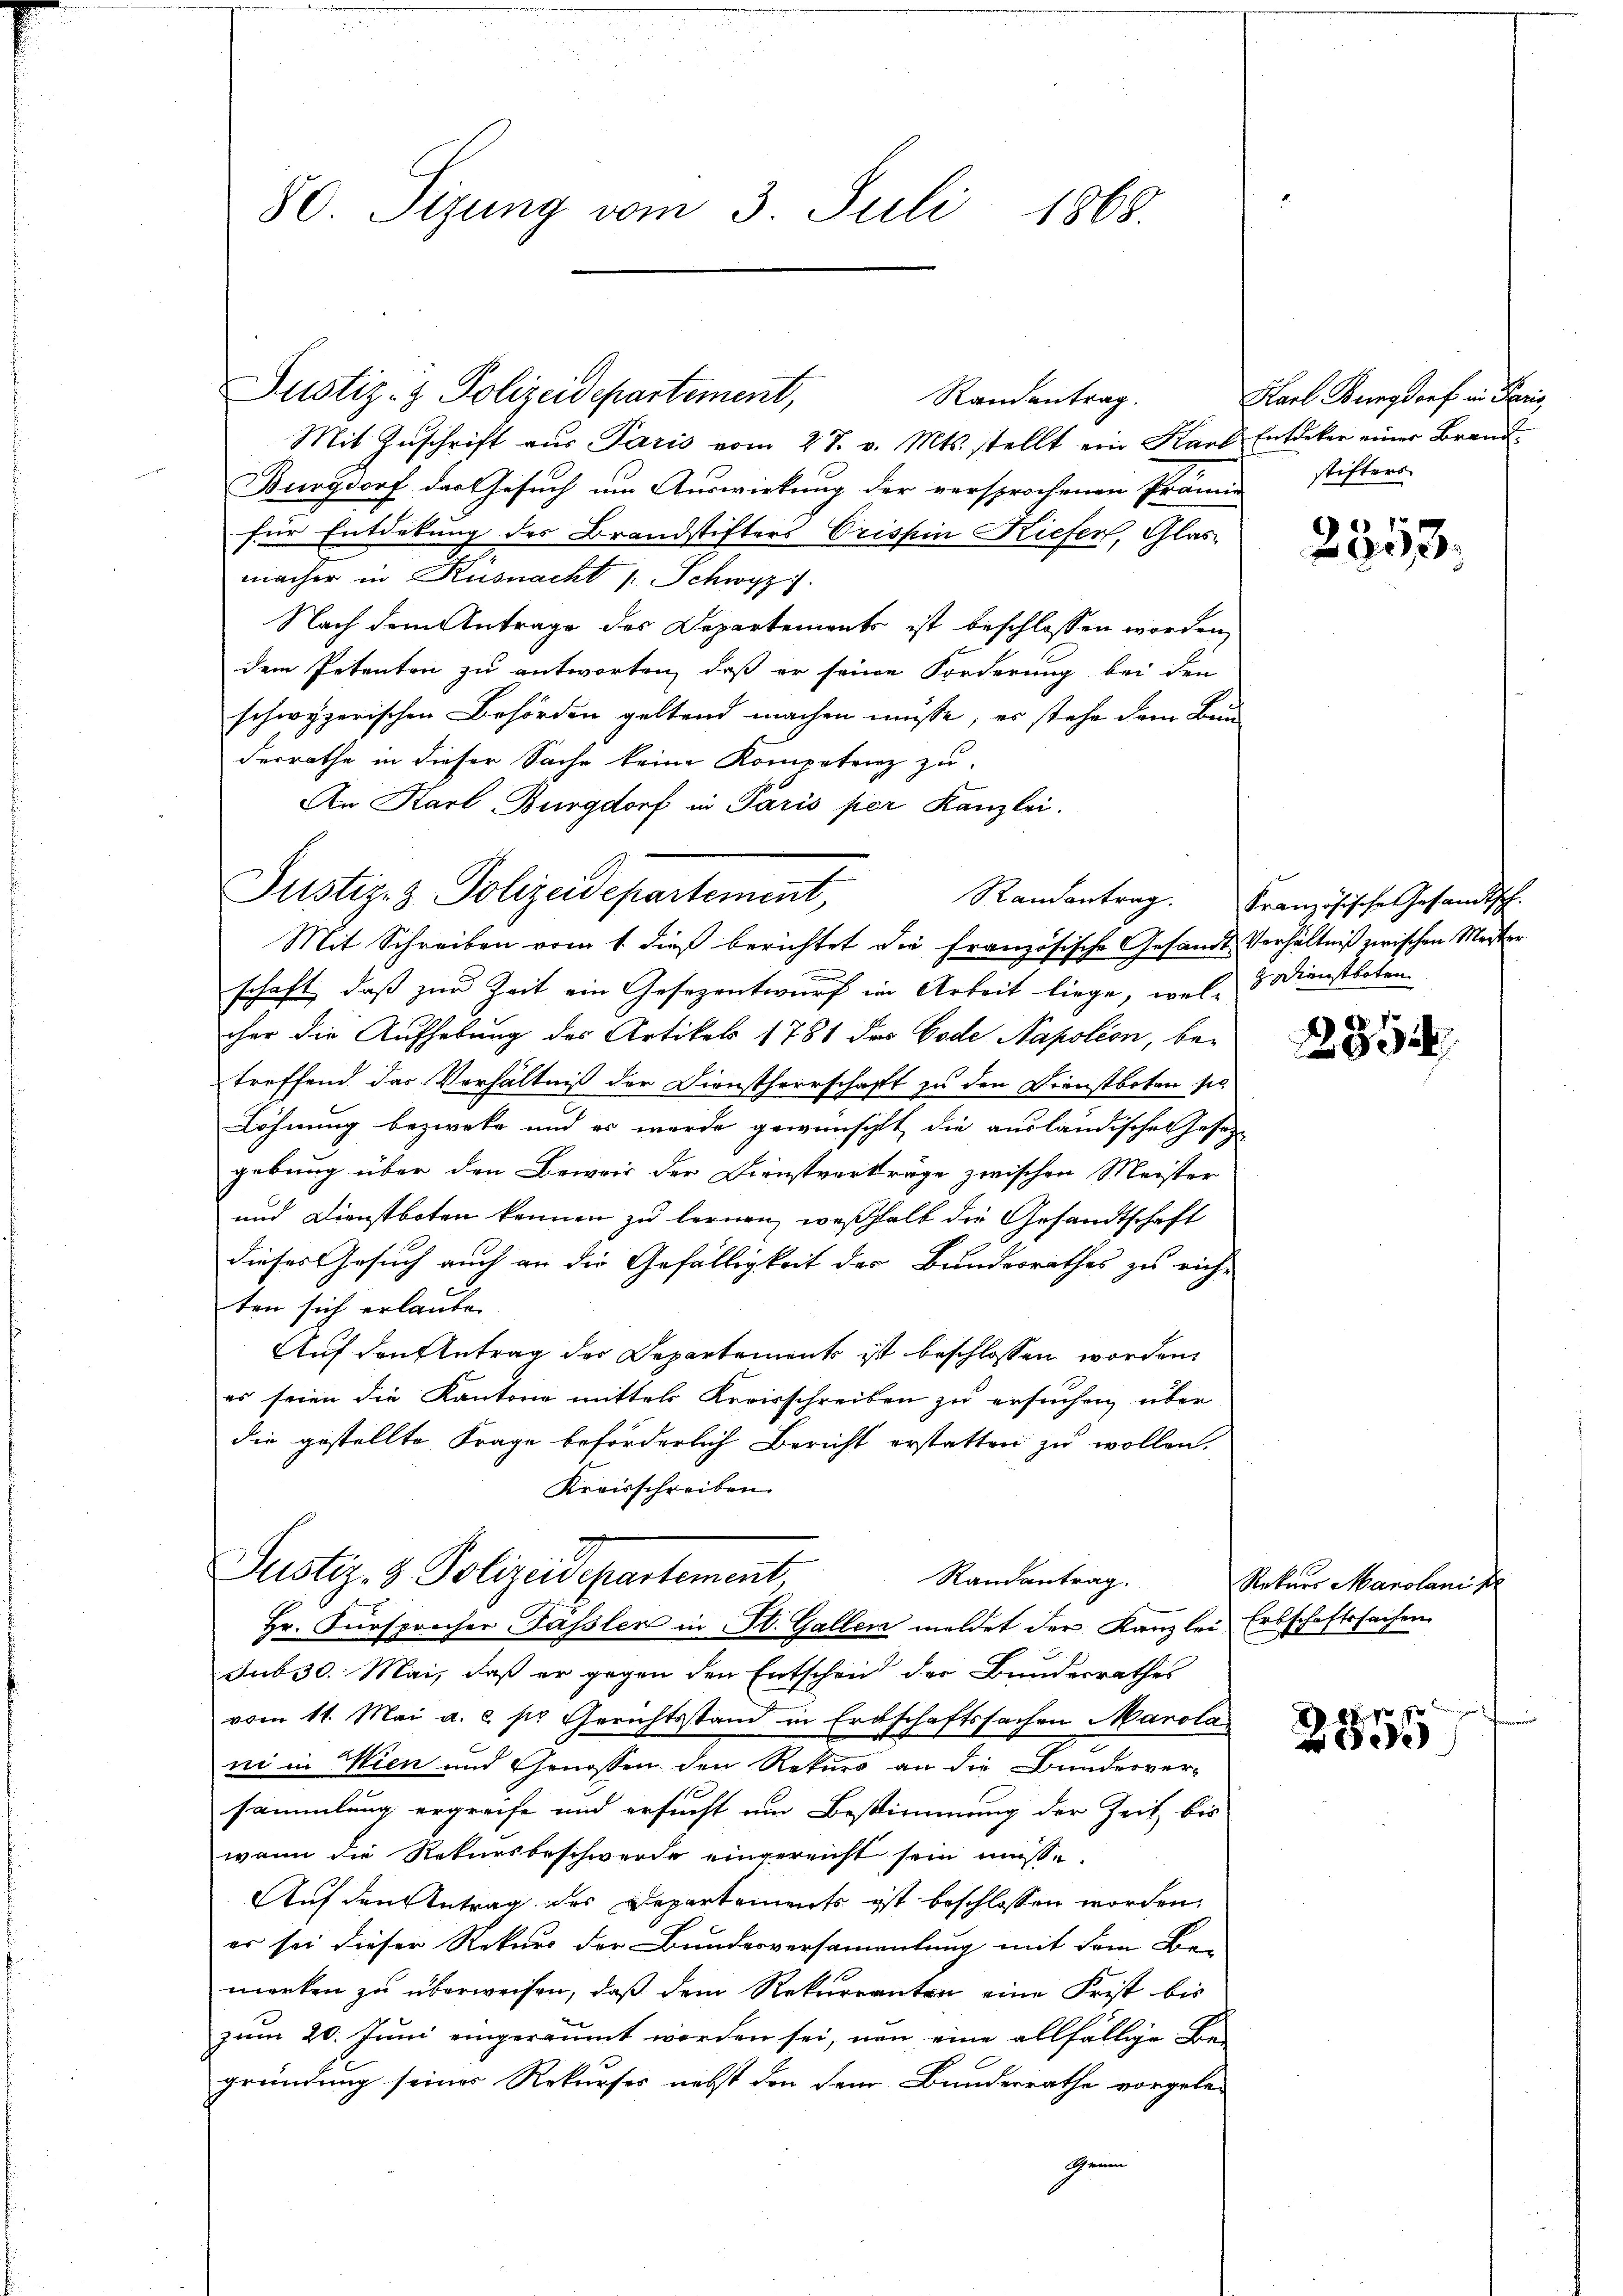
80. Sizung vom 3. Juli 1868.

Justiz- & Polizeidepartement,

Justiz- & Polizeidepartement,

Randantrag.
Mit Zuschrift aus Paris vom 27. v. Mts. stellt ein Karl Entdeker einer Brand¬
Burgdorf das Gesuch um Auswirkung der versprochenen Prämie stifters
für Entdekung des Brandstifters Cristin Kiefer, Glas
macher in Küsnacht /: Schwyz.
Nach dem Antrage des Departements ist beschlossen worden,
dem Petenten zu antworten, daß er seine Forderung bei den
schwyzerischen Behörden geltend machen müsse, er stehe dem Ban
derrathe in dieser Sache keine Kompetenz zu-
An Karl Burgdorf in Paris per Kanzlei.
Mit Schreiben vom 1. dieß berichtet die französische Gesandt Verhältniß zwischen Meister
schaft, daß zur Zeit ein Gesezentwurf im Arbeit liege, wel- & Dienstboten-
cher die Aufhebung des Artikels 1781 des Code Napoléon, betreffend das Verhältniß der Dienstherrschafft zu den Dienstboten sie
Löhnung bezweke und es werde gewünscht die ausländischen Gesetz-
gebung über den Beweis der Dienstvorträge zwischen Meister
und Dienstboten können zu lernen, weßhalb die Gesandtschaft
dieses Gesuch auch an die Gefälligkeit der Bundesrathes zu rich-
ten sich erlauben.
Auf den Antrag der Departement ist beschlossen worden
es seien die Kantone mittel Kreisschreiben zu ersuchen über
die gestellte Frage beförderlich Bericht erstatten zu wollen.
Kreisschreiben.
Justiz- & Polizeidepartement
Randantrag.
Hr. Fürsprecher Pässler in St. Gallen meldet der Kanzlei Erbschaftssachen
sub 30. Mai, daß er gegen den Entscheid der Bundesrathes
vom 11. Mai a. c. pr. Gerichtsstand in Erbschaftssachen Marola
ni in Wien und Genossen den Rekurs an die Bundesver-
sammlung ergreife und ersucht um Bestimmung der Zeit, bis
wann die Rekursbeschwerde eingereicht sein müsse.
Auf den Antrag des Departements ist beschlossen worden.
er sei dieser Rekurs der Bundesversammentung mit dem Be-
merken zu überweisen, daß dem Rekurrenten eine Frist bis
zum 20. Juni eingeräumt worden sei, non eine allfällige Be-
gründung seines Rekurses nebst den dem Bundesrathe vorgele-
Gene

Karl Burgdorf in Paris,

2353.

Randantrag. Französische Gesandtsch-

2854

Rekurs Marolani p

Es s
ee